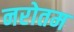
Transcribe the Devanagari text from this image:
नरोतम